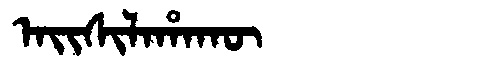
Manchu: ᠠᡳᠰᡳᠯᠠᡥᠠᡴᡡ
Romanization: AISILAHAKŪ